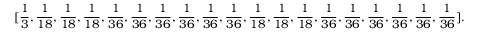
[ \frac { 1 } { 3 } , \frac { 1 } { 1 8 } , \frac { 1 } { 1 8 } , \frac { 1 } { 1 8 } , \frac { 1 } { 3 6 } , \frac { 1 } { 3 6 } , \frac { 1 } { 3 6 } , \frac { 1 } { 3 6 } , \frac { 1 } { 3 6 } , \frac { 1 } { 3 6 } , \frac { 1 } { 1 8 } , \frac { 1 } { 1 8 } , \frac { 1 } { 1 8 } , \frac { 1 } { 3 6 } , \frac { 1 } { 3 6 } , \frac { 1 } { 3 6 } , \frac { 1 } { 3 6 } , \frac { 1 } { 3 6 } , \frac { 1 } { 3 6 } ] .